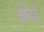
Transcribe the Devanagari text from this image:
थेब